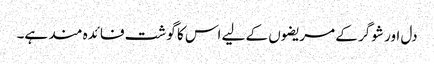
دل اور شوگر کے مریضوں کے لیے اس کا گوشت فائدہ مند ہے۔